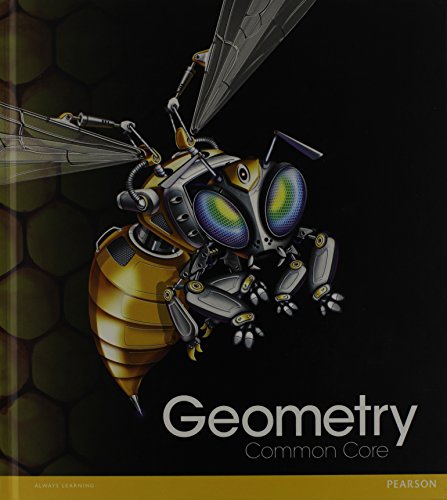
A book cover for HIGH SCHOOL MATH COMMON-CORE GEOMETRY STUDENT EDITION GRADE 9/10; PRENTICE HALL; Science & Math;